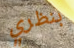
بنظري